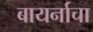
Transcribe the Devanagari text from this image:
बायर्नाचा